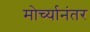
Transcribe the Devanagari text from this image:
मोर्च्यानंतर